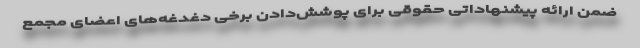
ضمن ارائه پیشنهاداتی حقوقی برای پوشش‌دادن برخی دغدغه‌های اعضای مجمع